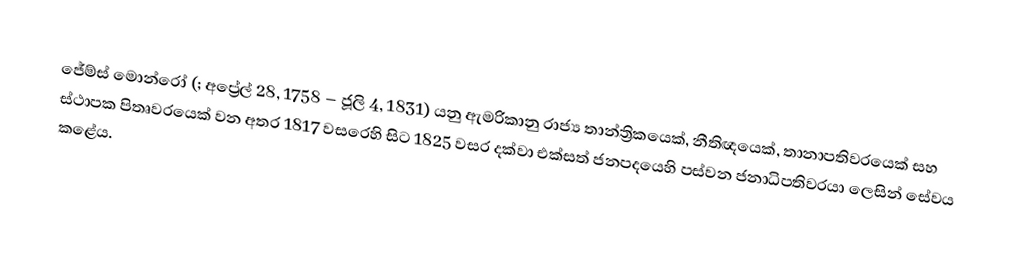
ජේම්ස් මොන්රෝ (; අප්‍රේල් 28, 1758 – ජූලි 4, 1831) යනු ඇමරිකානු රාජ්‍ය තාන්ත්‍රිකයෙක්, නීතිඥයෙක්, තානාපතිවරයෙක් සහ ස්ථාපක පිතෘවරයෙක් වන අතර 1817 වසරෙහි සිට 1825 වසර දක්වා එක්සත් ජනපදයෙහි පස්වන ජනාධිපතිවරයා ලෙසින් සේවය කළේය.